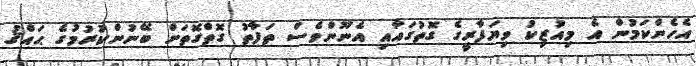
އެހެންކަމުން އެ މިއުޒިކު ވިޔަފާރީގެ ގޮތުގައާއި އެނޫންވެސް ތަފާތު ގޮތްގޮތަށް ބޭނުންކުރުމުގެ ޙައްޤު